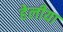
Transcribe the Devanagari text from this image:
हेलीया